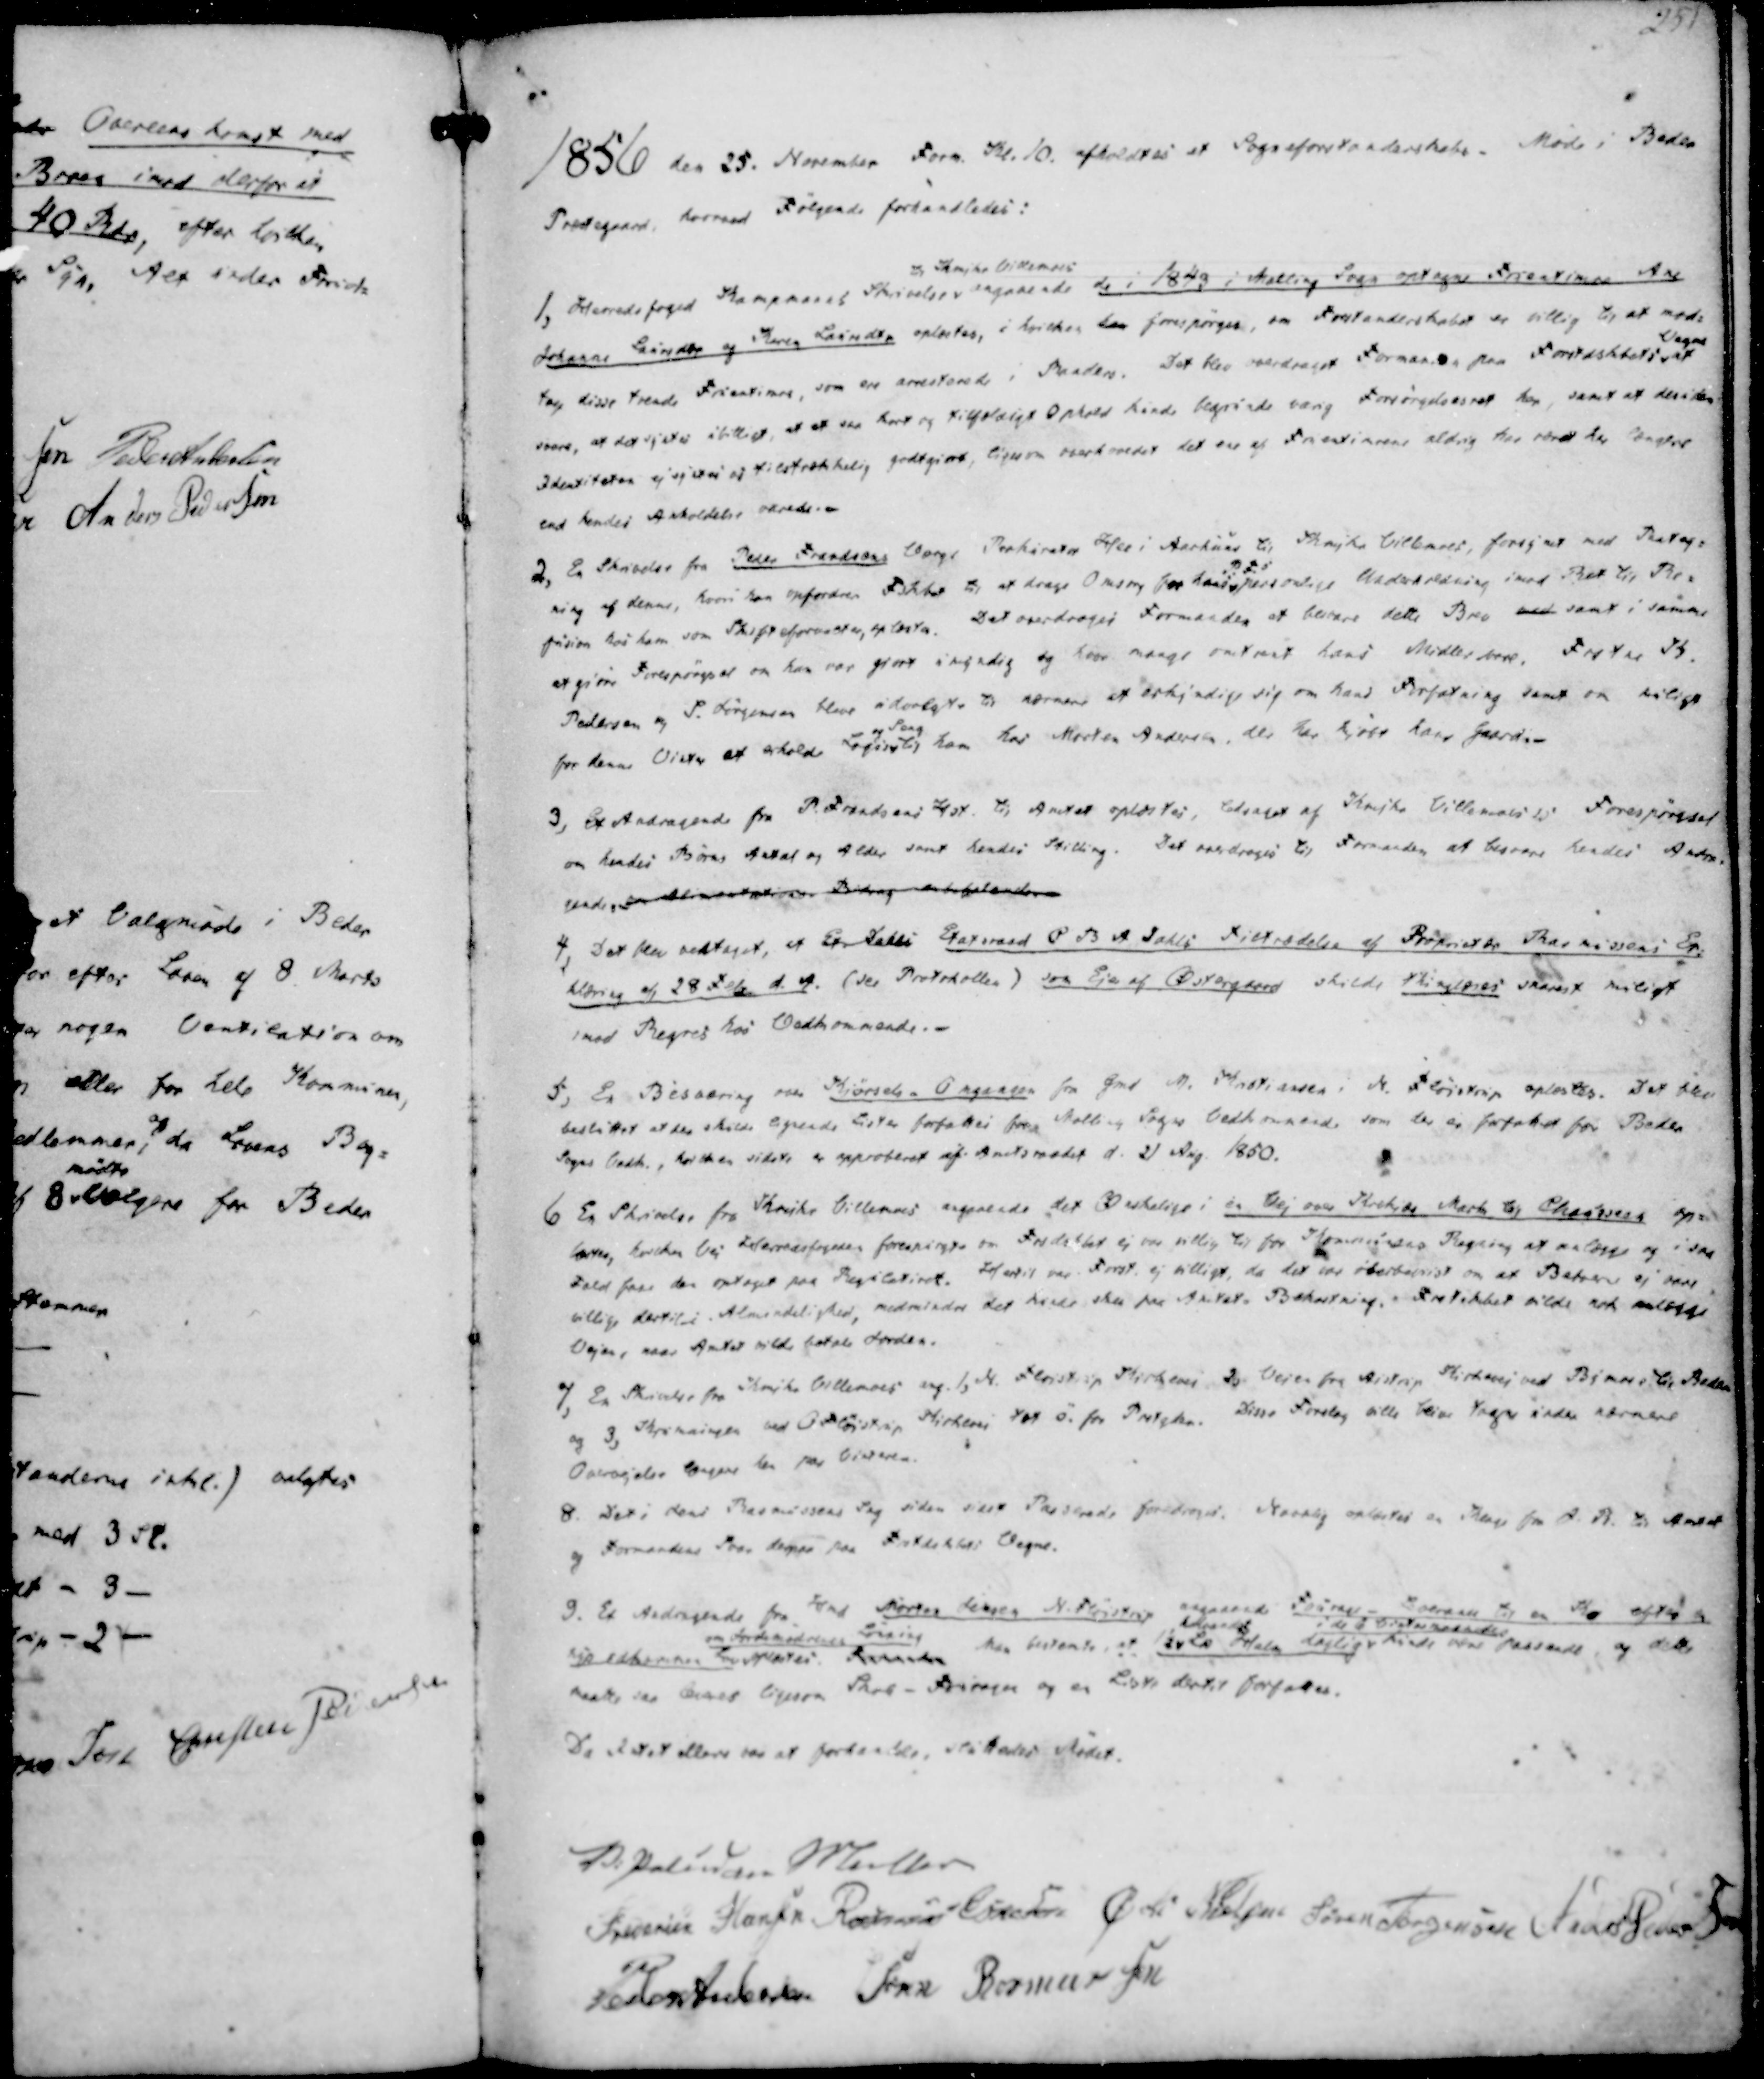
Transskription:
1856 den 25. November Form. Kl. 10. afholdtes et Sogneforstanderskabs- Møde i Beder
Præstegaard, hvorved Følgende forhandledes:

1, Herredsfoged Kampmanns Skrivelse
til Skrejke Villemoes
angaaende de i 1843 i Malling Sogn optagne Fruentimer Ane
Johanne Lausdts og Karen Lausdtr oplæstes, i hvilken han forespørges, om Forstanderskabet er villig til at mod-
tage disse tvende Fruentimere, som ere arresterede i Randers. Det blev overdraget Formanden paa Forstdskbets
Vegne
at
svare, at det synes ubilligt, at et saa kort og tilfældigt Ophold kunde begrunde varig Forsørgelsesret her, samt at deri den
Identiteren ej syntes at tilstrækkelig godtgiort, ligesom overhovedet det ene af Fruentimrene aldrig har været her længtes
end hendes Anholdelse varede.

2, En Skrivelse fra Peder Frandsens Værge Prokurator Hee i Aarhuus til Skejke Villemoes, forsynet med Paateg-
ning af denne, hvori han opfordrer Fskbet til at drage Omsorg for hans
P.F.s
personlige Underholdning imod Ret til Re-
fusion hos ham som Skifteforvalter, oplæstes. Det overdroges Formanden at besvare dette Brev med samt i samme
at giøre Forespørgsel om han var giort umyndig og hvor mange omtrent hans Midler bere. Frsterg K.
Pedersen og S. Jørgensen bleve udvalgte til nærmere at erkjendige sig om hans Forfatning samt om muligt
for denne Vinter at erholde Logis
og Seng
til ham hos Morten Andersen, der har Kjøbt hans Gaard.-
3, Et Andragende fra P. Frandsens Hst. til Amtet oplæstes, ledsaget af Krejke Villemoes's Forespørgsel
om hendes Børns Antal og Alder samt hendes Stilling. Det overdroges til Formanden at besvare hendes Andra-
gende, som at  Bidragp anbefalendes

4, Det blev vedtaget, at Et. Dahls Etatsraad P B A Dahls tiltrædelse af Proprietær Rasmussens Er-
klæring af 28 Feb d. A. (see Protokollen) som Ejer af Østergaard skulde thinglæses snarest muligt
imod Regres hos Vedkommende.-
5, En Besvaring om Kjørsels - Omgangen fra Gmd M. Kristiansen i N. Fløistrup oplæstes. Det blev
besluttet at der skulde egede Lister forfattes fra Malling Sogns vedkommende som der er forfattet for Beder
Sogns Vedk., hvilken sidste er approberet af Amtsraadet d. 21 Aug. 1850.
6 En Skrivelse fra Krejke Villemoes angaaende det Ønskelige i en Vej over Krekjær Mark til Chaussens op-
læstes, hvilken Vej Herredsfogeden forespurgte om Frsdskbet ej var villig til for Kommunens Regning at anlægge og i saa
Fald faae den optaget paa Regulatiret. Hertil var Forst. ej villigt, da det var overbevist om at Beboerne ej være
villige dertil i Almindelighed, medmindre det kunde skee paa Amtets Bekostning. Frstskbet vilde vilde nok anlægge
Vejen, naar Amtet vilde betale Jorden.

7, En Skrivelse fra Krejke Villemoes ang. 1, N. Fløistrup Kirkevei 2, Vejen fra Aistrup Kirkevei ved Bymose til Beder
og 3, Krumaingen ved O Fløistrup Kirkevei ret Ø. for Prstgden. Disse Forslag ville blive tagen under nærmere
Overvejelse længere hen paa Vinteren.
8. Det i Jens Rasmussens Sag siden sidst Passerede foredroges. Navnlig oplæstes en Klage fra J. R. til Amtet
og Formandens Svar derpaa paa Frstdskbets Vegne.
9. Et Andragende fra Hmd Morten Jensen N. Fløistrup
angaaende Fourage -
boerende til en Kro efter en
Gældkommen
om Jordemoderens Lønning
Lov splastes Saamanden Man bestemte at 1½

Td Halm daglig
i de Vintermaaneder
kunde være passende og dette
maatte saa leveres ligesom skal Skole - Fouragen og en Liste dertil forfattes.
Da Intet ellers var at forhandle, sluttedes Mødet.

V. Paludan Muller
Frederik Hansen
Rasmus Eskesen
Øvli Nielsen
Søren Jørgensen
Anders Pedersen
Peder Andersen
Søren Rasmussen